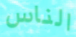
الناس